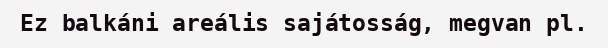
Ez balkáni areális sajátosság, megvan pl.